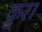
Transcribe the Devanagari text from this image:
क़ुरा